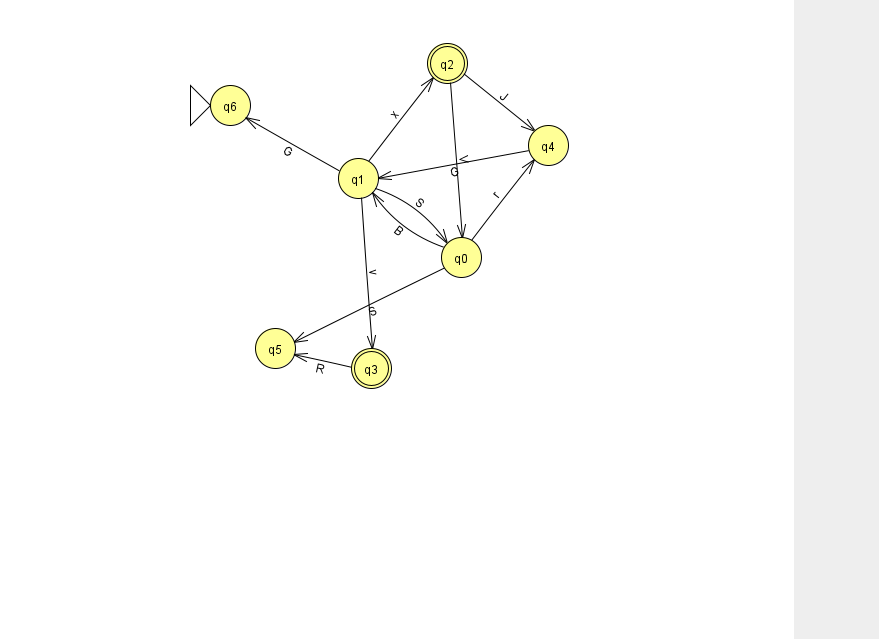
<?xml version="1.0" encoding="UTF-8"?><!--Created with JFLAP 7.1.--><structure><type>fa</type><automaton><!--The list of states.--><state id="0" name="q0"><x>461.0</x><y>244.0</y></state><state id="1" name="q1"><x>358.0</x><y>165.0</y></state><state id="2" name="q2"><x>447.0</x><y>50.0</y><final/></state><state id="3" name="q3"><x>371.0</x><y>355.0</y><final/></state><state id="4" name="q4"><x>548.0</x><y>132.0</y></state><state id="5" name="q5"><x>275.0</x><y>335.0</y></state><state id="6" name="q6"><x>230.0</x><y>92.0</y><initial/></state><!--The list of transitions.--><transition><from>1</from><to>0</to><read>S</read></transition><transition><from>4</from><to>1</to><read>G</read></transition><transition><from>0</from><to>1</to><read>B</read></transition><transition><from>1</from><to>2</to><read>x</read></transition><transition><from>1</from><to>3</to><read>v</read></transition><transition><from>2</from><to>4</to><read>J</read></transition><transition><from>0</from><to>4</to><read>r</read></transition><transition><from>1</from><to>6</to><read>G</read></transition><transition><from>0</from><to>5</to><read>S</read></transition><transition><from>2</from><to>0</to><read>V</read></transition><transition><from>3</from><to>5</to><read>R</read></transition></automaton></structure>